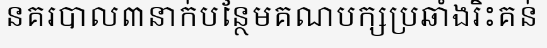
នគរបាល៣នាក់បន្ថែមគណបក្សប្រឆាំងរិះគន់